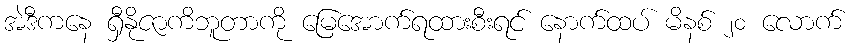
အဲဒီကနေ ရှီနိုဇာကိဘူတာကို မြေအောက်ရထားစီးရင် နောက်ထပ် မိနစ် ၂၀ လောက်